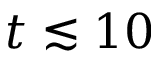
t \lesssim 1 0